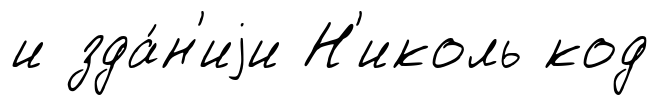
и зда́н'иjи Н'иколь код